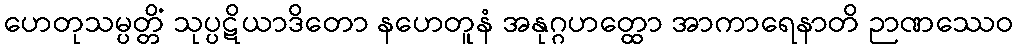
ဟေတုသမ္ပတ္တိံ သုပ္ပဋိယာဒိတော နဟေတူနံ အနုဂ္ဂဟတ္ထော အာကာရေနာတိ ဉာဏဿေဝ